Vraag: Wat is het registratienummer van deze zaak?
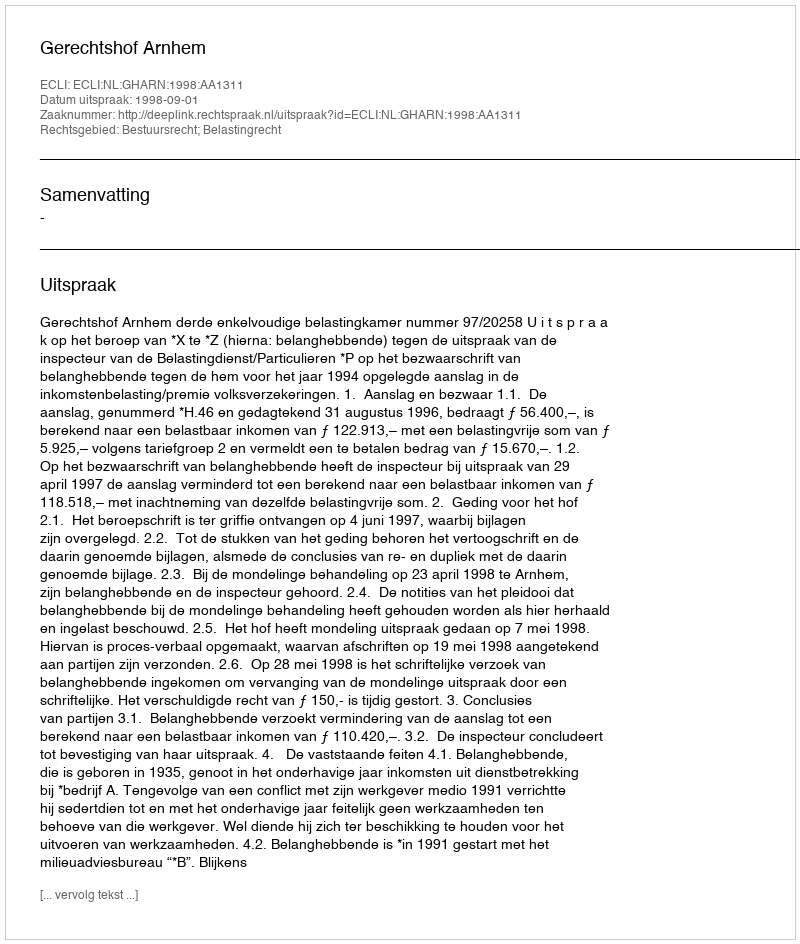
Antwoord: http://deeplink.rechtspraak.nl/uitspraak?id=ECLI:NL:GHARN:1998:AA1311